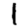
Digit: 1